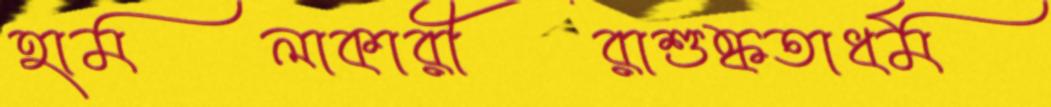
হামলাকারীরাশুষ্কতাধর্ম